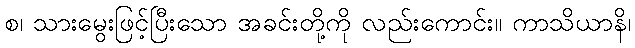
စ၊ သားမွေးဖြင့်ပြီးသော အခင်းတို့ကို လည်းကောင်း။ ကာသိယာနိ၊